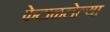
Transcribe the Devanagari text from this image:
फेटाळलेल्या